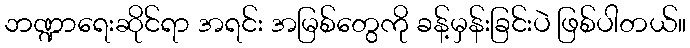
ဘဏ္ဍာရေးဆိုင်ရာ အရင်း အမြစ်တွေကို ခန့်မှန်းခြင်းပဲ ဖြစ်ပါတယ်။